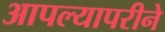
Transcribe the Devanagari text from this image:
आपल्यापरीने